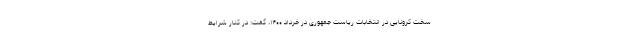
سخت کرونایی در انتخابات ریاست جمهوری در خرداد ۱۴۰۰، گفت: در کنار شرایط